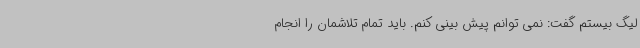
لیگ بیستم گفت: نمی توانم پیش بینی کنم. باید تمام تلاشمان را انجام